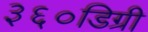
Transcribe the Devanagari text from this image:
३६०डिग्री